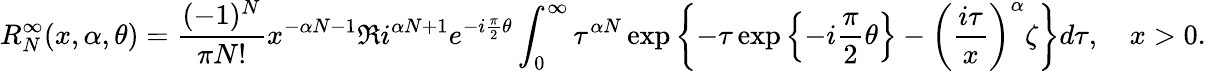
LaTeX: R_{N}^{\infty}(x,\alpha,\theta)=\frac{(-1)^{N}}{\pi N!}x^{-\alpha N-1}\Re i^{\alpha N+1}e^{-i\frac{\pi}{2}\theta}\int_{0}^{\infty}\tau^{\alpha N}\exp\left\{ -\tau\exp\left\{ -i\frac{\pi}{2}\theta\right\} -\left(\frac{i\tau}{x}\right)^{\alpha}\zeta\right\} d\tau,\quad x>0.